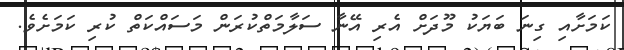
ކަމަށާއި ގިނަ ބަޔަކު މޫދަށް އެރި އޭނާ ސަލާމަތްކުރަން މަސައްކަތް ކުރި ކަމަށެވެ.